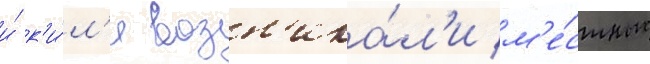
и́ к'и́л'я возн'ика́л'и м'е́стные